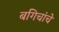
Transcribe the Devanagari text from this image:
बगिचांचे